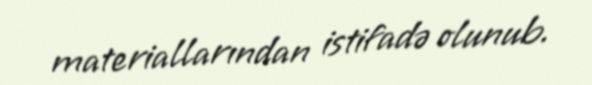
materiallarından istifadə olunub.